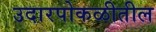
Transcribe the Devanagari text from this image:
उदारपोकळीतील